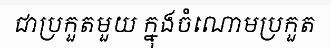
ជាប្រកួតមួយ ក្នុងចំណោមប្រកួត